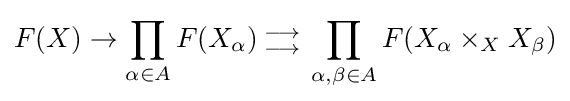
F(X)\rightarrow \prod _{\alpha \in A}F(X_{\alpha }){{{} \atop \longrightarrow } \atop {\longrightarrow  \atop {}}}\prod _{\alpha ,\beta \in A}F(X_{\alpha }\times _{X}X_{\beta })